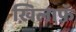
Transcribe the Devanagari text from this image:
ख़िलाफ़ॅ